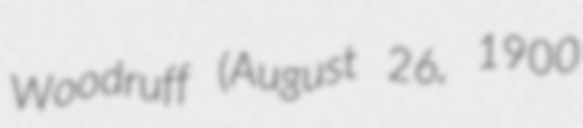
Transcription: Woodruff (August 26, 1900